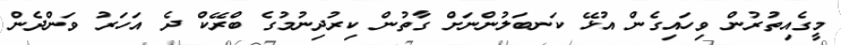
މީގެއިތުރުން ވިހައިގެން އުޅޭ ކަނބަލުންނަށް ގާތުން ކިރުދިނުމުގެ ބްރޭކް ދެ އަހަރު ވަންދެން